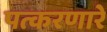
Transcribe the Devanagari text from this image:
पत्करणारे